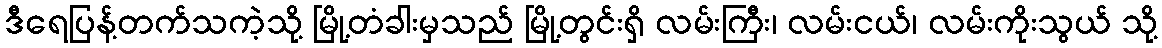
ဒီရေပြန့်တက်သကဲ့သို့ မြို့တံခါးမှသည် မြို့တွင်းရှိ လမ်းကြီး၊ လမ်းငယ်၊ လမ်းကိုးသွယ် သို့